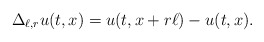
\begin{align*}\Delta_{\ell,r}u(t,x)=u(t,x+r\ell)-u(t,x).\end{align*}